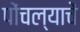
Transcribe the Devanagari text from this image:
पोंचल्याचें